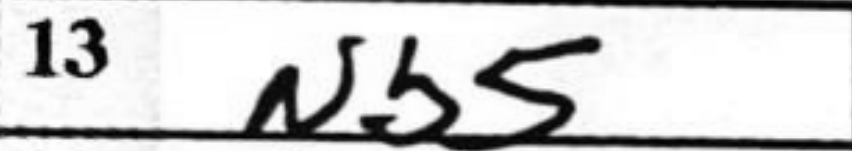
Transcription: Nb5